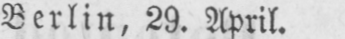
Berlin, 29. April.